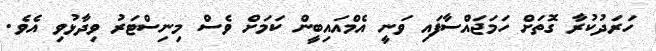
ހަރަދުކުރާ ގޮތަށް ހަމަޖައްސާފައި ވަނީ އެމްއައިބީން ކަމަށް ވެސް މިނިސްޓަރު ވިދާޅުވި އެވެ.